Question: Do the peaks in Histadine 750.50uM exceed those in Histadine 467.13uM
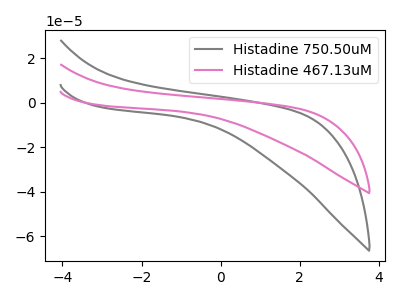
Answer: <think>The gray curve "Histadine 750.50uM" has no peaks. The pink curve "Histadine 467.13uM" has no peaks.</think>
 <answer>Niether CV has any peaks.</answer>
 <eval>blanks</eval>